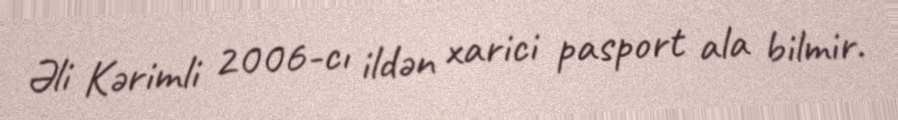
Əli Kərimli 2006-cı ildən xarici pasport ala bilmir.